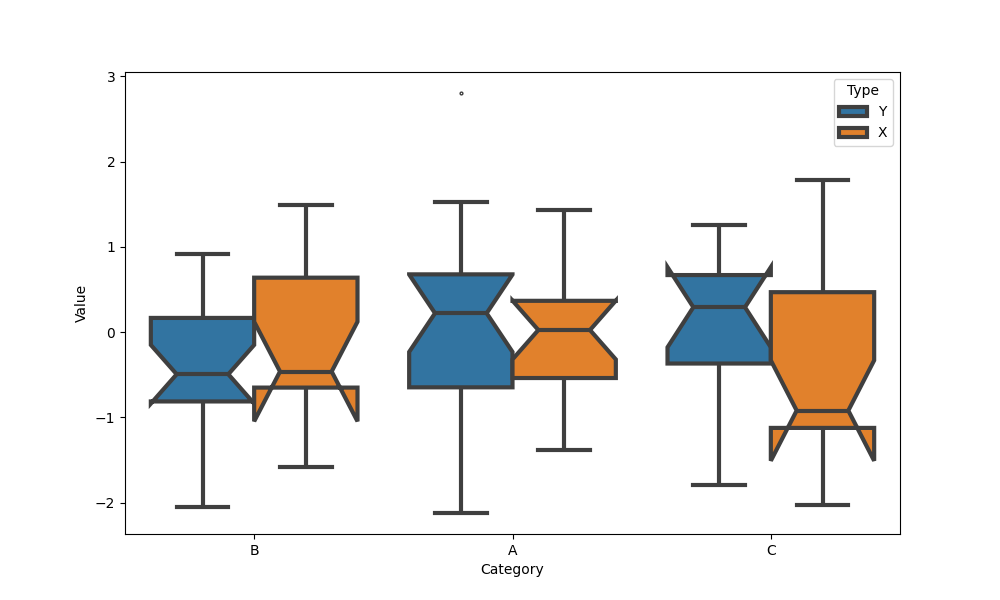
python, seaborn, boxplot, width=0.8, linewidth=3, fliersize=2, notch=True